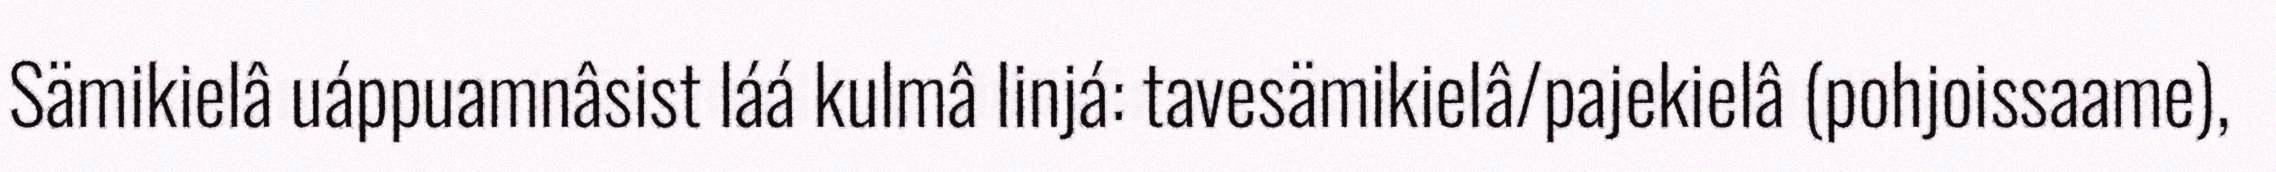
Sämikielâ uáppuamnâsist láá kulmâ linjá: tavesämikielâ/pajekielâ (pohjoissaame),